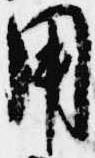
用